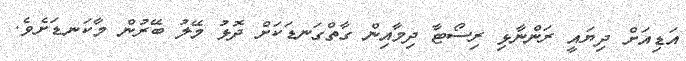
އަޑިއަށް ދިޔައީ ރަންނާޅި ރިސޯޓާ ދިމާއިން ގާތްގަނޑަކަށް ދޮޅު މޭލު ބޭރުން މާކަނޑަށެވެ.